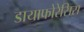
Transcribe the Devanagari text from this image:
डायाफोरेसिस